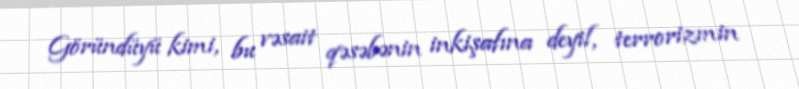
Göründüyü kimi, bu vəsait qəsəbənin inkişafına deyil, terrorizmin